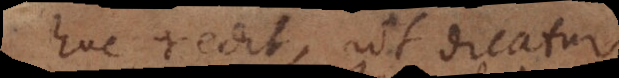
huc redit, ut dicatur